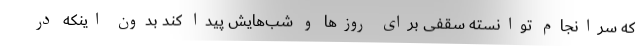
که سرانجام توانسته سقفی برای روزها و شب‌هایش پیدا کند بدون اینکه در